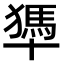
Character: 𠧀